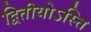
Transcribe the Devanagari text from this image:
द्वितीयोऽस्ति